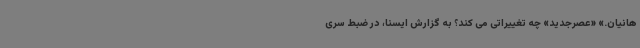
هانیان.» «عصرجدید» چه تغییراتی می کند؟ به گزارش ایسنا، در ضبط سری